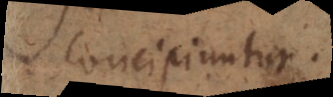
concipiuntur.